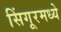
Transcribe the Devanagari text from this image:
सिंगूरमध्ये